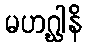
မဟဂ္ဃါနိ